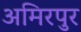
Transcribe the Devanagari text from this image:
अमिरपुर